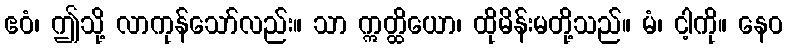
ဧဝံ၊ ဤသို့ လာကုန်သော်လည်း။ သာ ဣတ္ထိယော၊ ထိုမိန်းမတို့သည်။ မံ၊ ငါ့ကို။ နေဝ